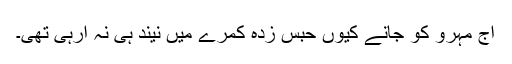
آج مہرو کو جانے کیوں حبس زدہ کمرے میں نیند ہی نہ آرہی تھی۔